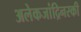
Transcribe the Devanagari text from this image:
अलेकजांद्रिनस्की